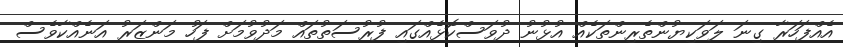
އެއްފަހަރާ ގިނަ ލަވަކިޔުންތެރިންތަކެއް އުޅުނު ދުވަސްކޮޅެއްގައި ފުރުސަތުތައް މަދުވުމަށް ފަހު މަންޒަރު އަނެއްކާވެސް